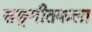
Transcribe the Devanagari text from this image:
सङ्गीतकला